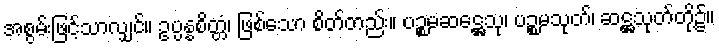
အစွမ်းဖြင့်သာလျှင်။ ဥပ္ပန္နစိတ္တံ၊ ဖြစ်သော စိတ်တည်း။ ပဉ္စမဆဋ္ဌေသု၊ ပဉ္စမသုတ်၊ ဆဋ္ဌသုတ်တို့၌။